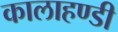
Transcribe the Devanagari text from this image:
कालाहण्डी